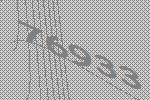
76933